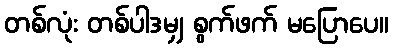
တစ်လုံး တစ်ပါဒမျှ စွက်ဖက် မပြောပေ။